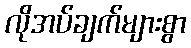
လိုအပ်ချက်များစွာ